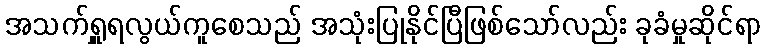
အသက်ရှူရလွယ်ကူစေသည် အသုံးပြုနိုင်ပြီဖြစ်သော်လည်း ခုခံမှုဆိုင်ရာ